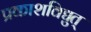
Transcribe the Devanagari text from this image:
प्रकाशविद्युत्‌